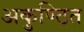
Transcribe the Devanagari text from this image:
अकुण्ठित